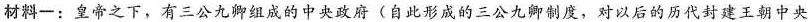
材料一：皇帝之下，有三公九卿组成的中央政府(自此形成的三公九卿制度，对以后的历代封建王朝中央